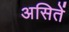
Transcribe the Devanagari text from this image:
असितें